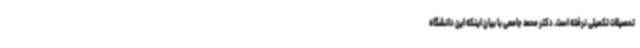
تحصیلات تکمیلی نرفته است. دکتر محمد جامعی با بیان اینکه این دانشگاه